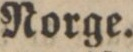
Norge.